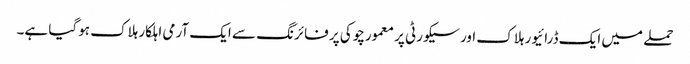
حملے میں ایک ڈرائیور ہلاک اور سیکورٹی پر معمورچوکی پر فائرنگ سے ایک آرمی اہلکار ہلاک ہوگیا ہے۔